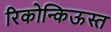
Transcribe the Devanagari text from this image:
रिकोन्किऊस्त